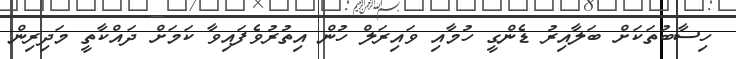
ހިސާބުތަކަށް ބަލާއިރު ޑެންގީ ހުމާއި ވައިރަލް ހުން އިތުރުވެފައިވާ ކަމަށް ދައްކާތީ މަދިރިން